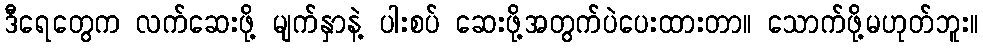
ဒီရေတွေက လက်ဆေးဖို့ မျက်နှာနဲ့ ပါးစပ် ဆေးဖို့အတွက်ပဲပေးထားတာ။ သောက်ဖို့မဟုတ်ဘူး။